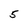
Character: 5